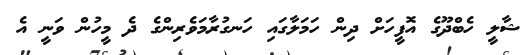
ޝާލީ ހެބްދޫގެ އޮފީހަށް ދިން ހަމަލާގައި ހަނގުރާމަވެރިންގެ ދެ މީހުން ވަނީ އެ